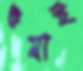
গুম্‌রাই